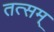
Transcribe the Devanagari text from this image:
तत्सम्